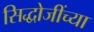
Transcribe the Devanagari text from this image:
सिद्धोजींच्या